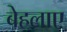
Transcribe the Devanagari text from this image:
बेहलाए